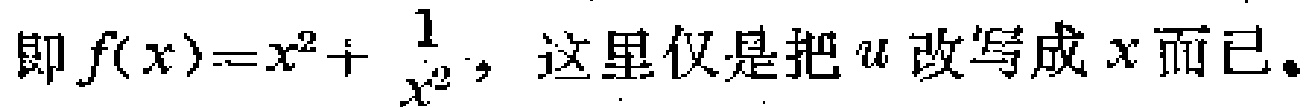
即 \(f(x)=x^{2}+\frac{1}{x^{2}}\)，这里仅是把 \(u\) 改写成 \(x\) 而已。